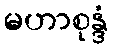
မဟာစုန္ဒံ